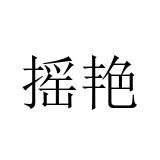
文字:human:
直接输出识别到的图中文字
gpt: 摇艳